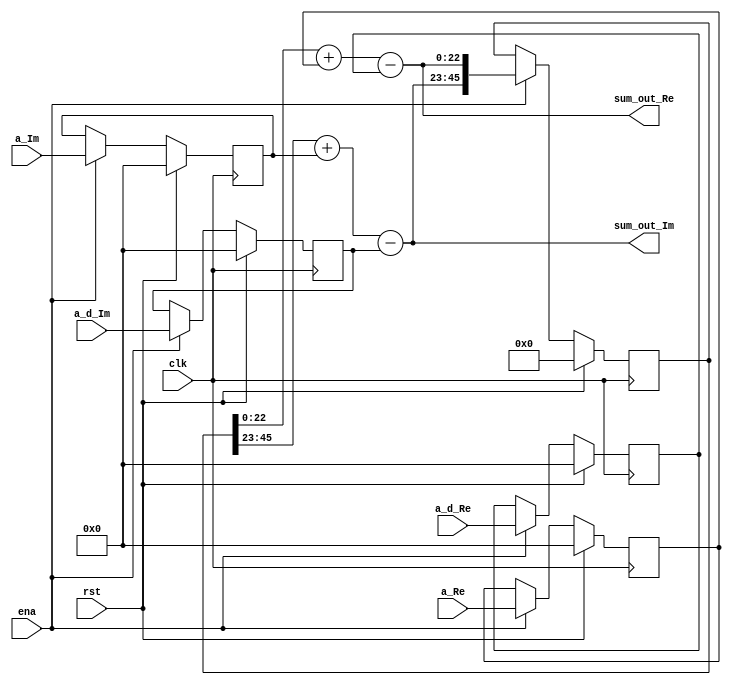
`timescale 1ns / 1ps
//////////////////////////////////////////////////////////////////////////////////
// Company: 
// Engineer: 
// 
// Design Name: 
// Module Name:    Comp_Acc_Sum 
// Project Name: 
// Target Devices: 
// Tool versions: 
// Description: 
//
// Dependencies: 
//
// Revision: 
// Revision 0.01 - File Created
// Additional Comments: 
//
//////////////////////////////////////////////////////////////////////////////////
module Comp_Acc_Sum #(parameter WIDTH = 23)(
	input 			clk,rst,
	input 			ena,
	input 			[15:0] a_Re, a_Im,
	input				[15:0] a_d_Re, a_d_Im,
	output signed  [WIDTH-1:0] sum_out_Im, sum_out_Re
   );
	
reg [15:0] ia_Re, ia_Im, ia_d_Re, ia_d_Im;
always @(posedge clk)
begin
	if (rst)			begin
		ia_Re 	<= 16'd0;
		ia_Im 	<= 16'd0;
		ia_d_Re	<= 16'd0;
		ia_d_Im	<= 16'd0;
		end
	else if(ena)	begin
		ia_Re 	<= a_Re;
		ia_Im 	<= a_Im;
		ia_d_Re 	<= a_d_Re;
		ia_d_Im 	<= a_d_Im;
		end
end

reg [2*WIDTH-1:0] sum_reg;
always @(posedge clk)
begin
	if (rst)			sum_reg <= {(2*WIDTH){1'b0}};
	else if(ena)	sum_reg <= {sum_out_Im, sum_out_Re};
end

assign sum_out_Re = $signed(sum_reg[WIDTH-1:0]) + $signed({{(WIDTH-16){ia_Re[15]}},ia_Re}) - $signed({{(WIDTH-16){ia_d_Re[15]}},ia_d_Re}); 
assign sum_out_Im = $signed(sum_reg[2*WIDTH-1:WIDTH]) + $signed({{(WIDTH-16){ia_Im[15]}},ia_Im}) - $signed({{(WIDTH-16){ia_d_Im[15]}},ia_d_Im}); 

endmodule